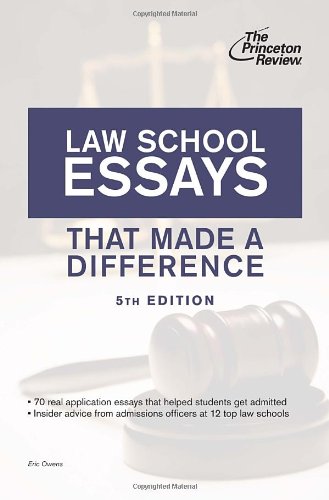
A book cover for Law School Essays That Made a Difference, 5th Edition (Graduate School Admissions Guides); Princeton Review; Education & Teaching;